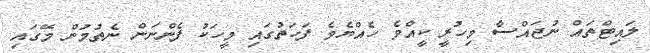
ލައިޓްތައް ނުޖައްސާ މިހުރީ ކީއްވެ ހެއްޔެވެ ފަހަތުގައި މީހަކު ފެންނަން ނެތުމުން މޭގައި